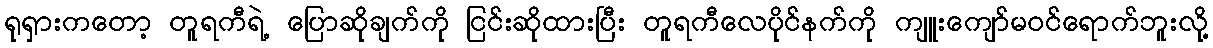
ရုရှားကတော့ တူရကီရဲ့ ပြောဆိုချက်ကို ငြင်းဆိုထားပြီး တူရကီလေပိုင်နက်ကို ကျူးကျော်မဝင်ရောက်ဘူးလို့